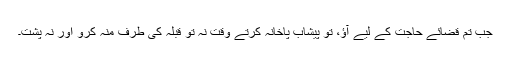
جب تم قضائے حاجت کے لیے آؤ، تو پیشاب پاخانہ کرتے وقت نہ تو قبلہ کی طرف منہ کرو اور نہ پشت۔